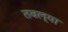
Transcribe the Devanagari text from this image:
तबल्या